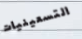
التسعينيات